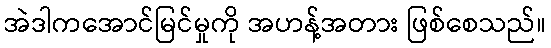
အဲဒါကအောင်မြင်မှုကို အဟန့်အတား ဖြစ်စေသည်။